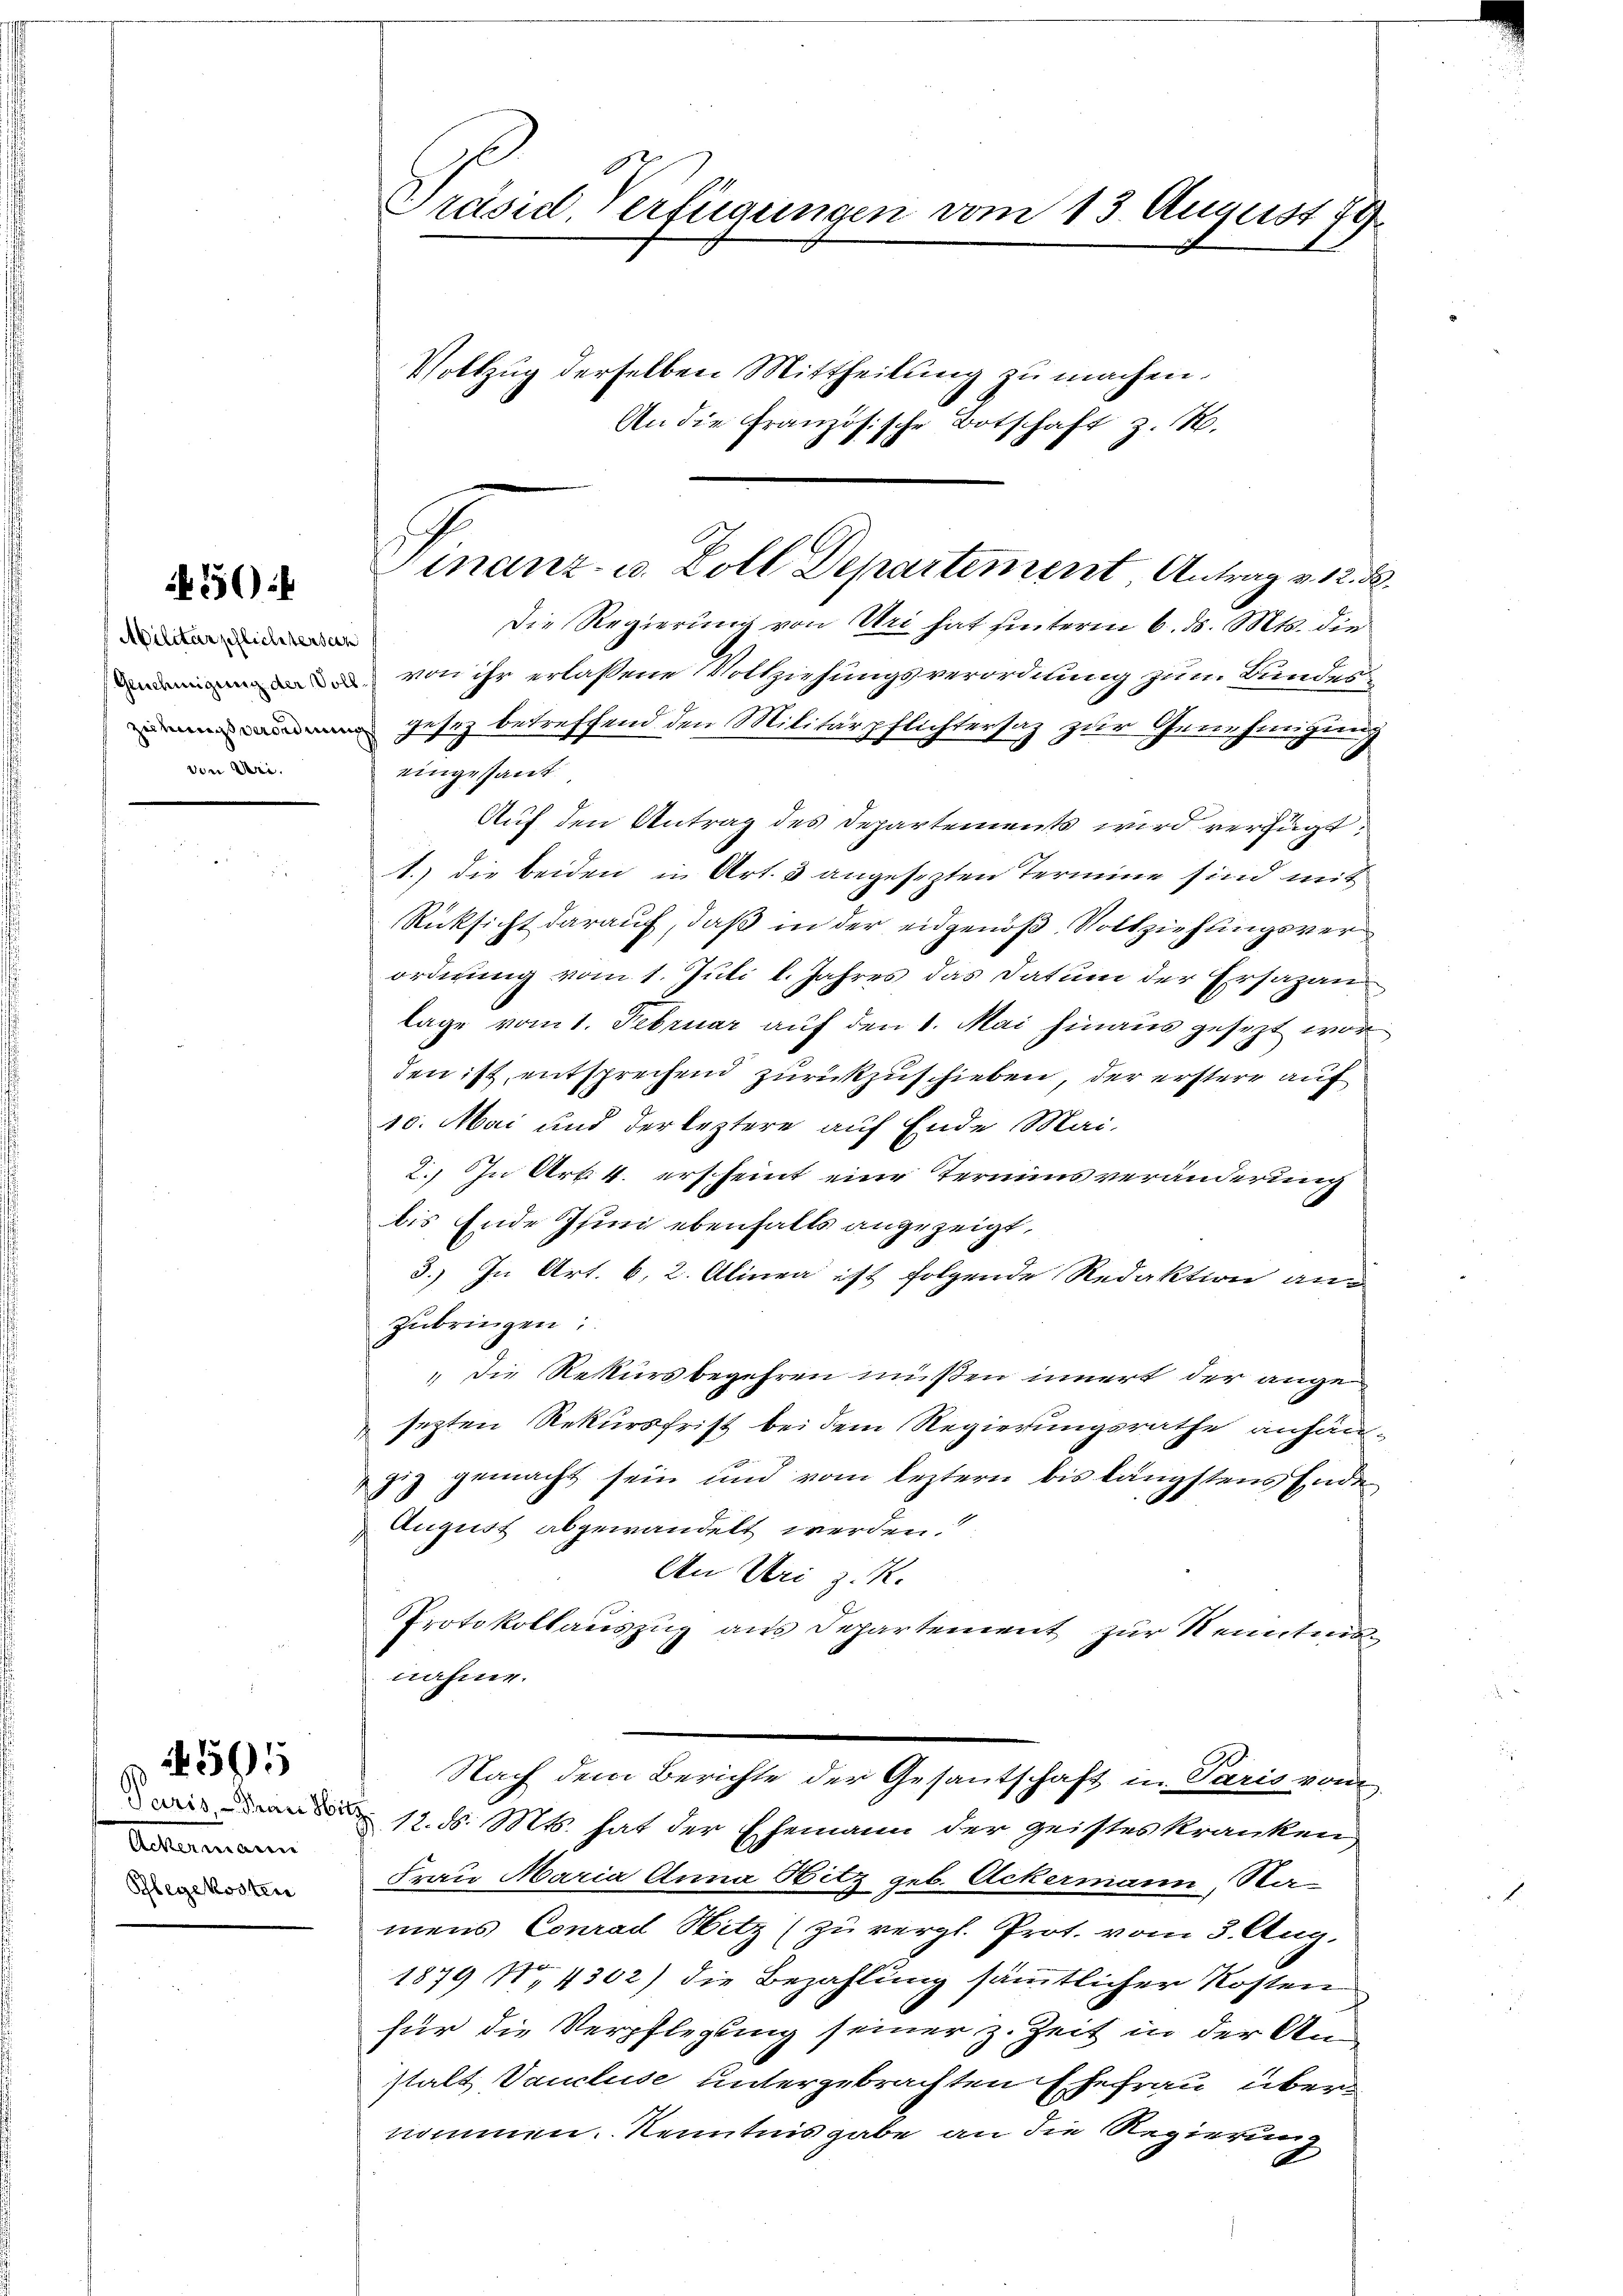
36):

Abilitärpflichtersch
von Uri.

1595

Actenmann
Schlegekosten

Die Regierung von Uri hat hinterm 6. d. Mts. die
 von ihr erlassene Vollziehungsverordnung zum Bunden
 gesez betreffend den Militärpflichtersaz zur Genehmigung
eingesant
Auf den Antrag des Departements wird verfügt:
1.) die beiden in Art. 3 angesezten Termine sind mit
Rücksicht darauf, daß in der eidgenoß Vollziehungsver
ordnung vom 1. Juli l. Jahres das Datum der Ersazanlage vom 1. Februar auf den 1. Mai hinaus gesezt wor
den ist, entsprechend zurückzuschieben, der erstere auf
10. Mai und der leztere auf Ende Mai-
2.) In Art. 4. erscheint eine Termins veränderung
bis Ende Isind ebenfalls angezeigt,
3.) In Art. 6, 2. Alinea ist folgende Redaktion an
zŭbringen:
„Die Rekursbegehren müßen innert der angen
sezten Rekursfrist bei dem Regierungsrathe anhänzig gemacht sein und vom leztern bis längstens Ende
August abgewandelt werden.
An Uri z. R.
Protokollauszug aus Departement zur Kenntnis
nahme.
Nach dem Berichte der Gesantschaft in Paris vom
 12. d. Mts. hat der Ehemann der geistes kranken
Frau Maria Anna Hitz geb. Ackermann, Namens Conrad Sitz (zu vergl. Prot. vom 3. Aug.
1879 No 4302) die Bezahlung sämmtlicher Kosten
für die Verpflegung seiner z. Zeit in der Anstalt Vancluse untergebrachten Ehefrau übernommen. Kenntnis gabe an die Regierung

Präsid. Verfügungen vom 13. August 179
Vollzug derselben Mittheilung zu machen.
An die Französische Botschaft z. B.

Vinanz- u. Zoll Departement Antrag v. 12. d.